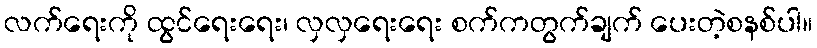
လက်ရေးကို ထွင်ရေးရေး၊ လှလှရေးရေး စက်ကတွက်ချက် ပေးတဲ့စနစ်ပါ။